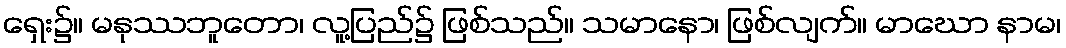
ရှေး၌။ မနုဿဘူတော၊ လူ့ပြည်၌ ဖြစ်သည်။ သမာနော၊ ဖြစ်လျက်။ မာဃော နာမ၊